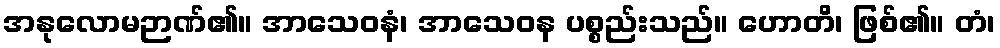
အနုလောမဉာဏ်၏။ အာသေဝနံ၊ အာသေဝန ပစ္စည်းသည်။ ဟောတိ၊ ဖြစ်၏။ တံ၊